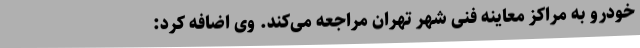
خودرو به مراکز معاینه فنی شهر تهران مراجعه می‌کند. وی اضافه کرد: